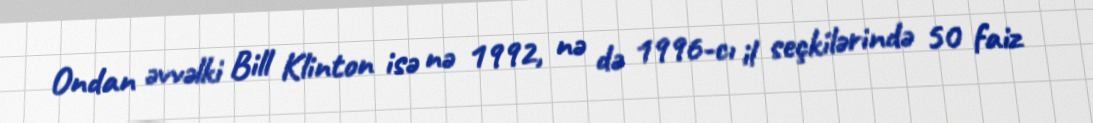
Ondan əvvəlki Bill Klinton isə nə 1992, nə də 1996-cı il seçkilərində 50 faiz